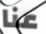
عنا